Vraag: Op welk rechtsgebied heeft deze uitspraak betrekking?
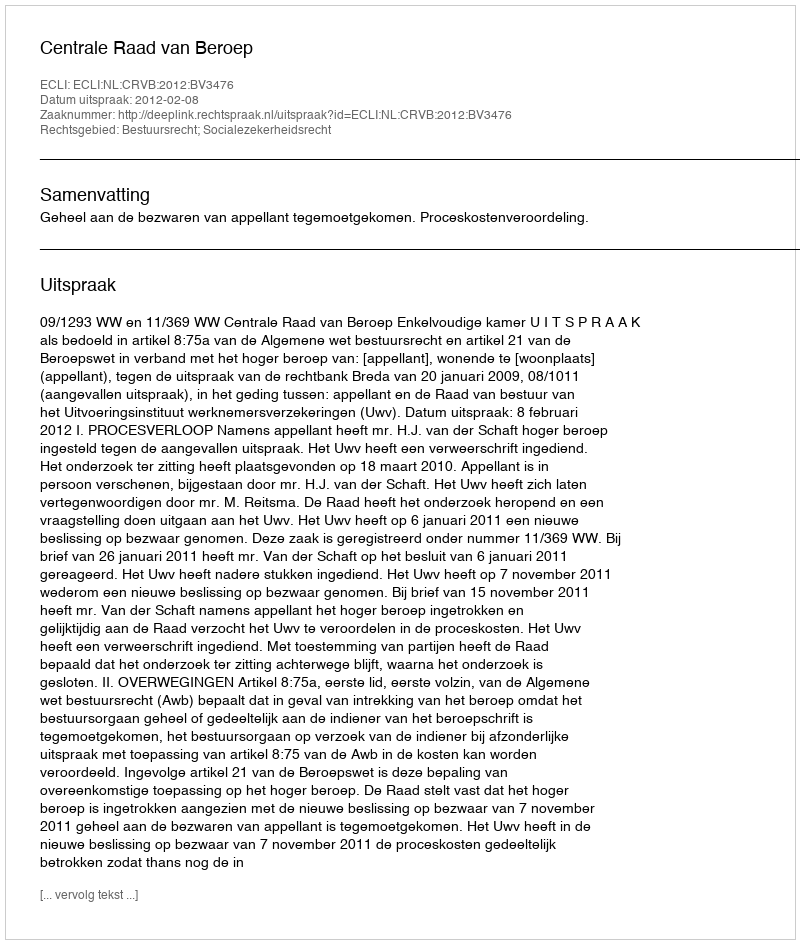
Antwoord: Bestuursrecht; Socialezekerheidsrecht